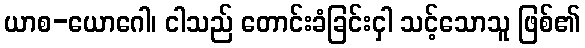
ယာစ-ယောဂေါ၊ ငါသည် တောင်းခံခြင်းငှါ သင့်သောသူ ဖြစ်၏